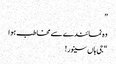
”
وہ نمائندے سے مخاطب ہوا
“جی ہاں سینور!